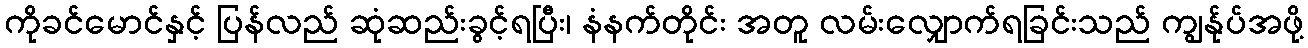
ကိုခင်မောင်နှင့် ပြန်လည် ဆုံဆည်းခွင့်ရပြီး၊ နံနက်တိုင်း အတူ လမ်းလျှောက်ရခြင်းသည် ကျွန်ုပ်အဖို့